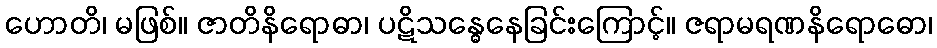
ဟောတိ၊ မဖြစ်။ ဇာတိနိရောဓာ၊ ပဋိသန္ဓေနေခြင်းကြောင့်။ ဇရာမရဏနိရောဓော၊